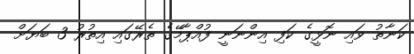
ކަނާތު ވައި ނޮޅީގެ ކަފި އިންނަނީ ފުއްޕާމޭގެ ތެރޭގައި އިތުރު 3 ބަޔަށް